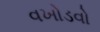
વખોડવો